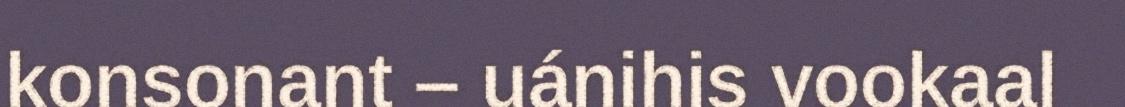
konsonant – uánihis vookaal